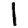
Digit: 1